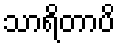
သာရိတာပိ